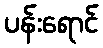
ပန်းရောင်